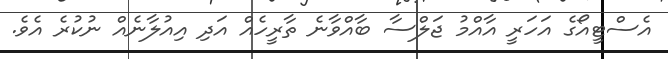
އެސްޓީއޯގެ އަހަރީ އާއްމު ޖަލްސާ ބާއްވާނެ ތާރީހެއް އަދި އިއުލާނެއް ނުކުރެ އެވެ.